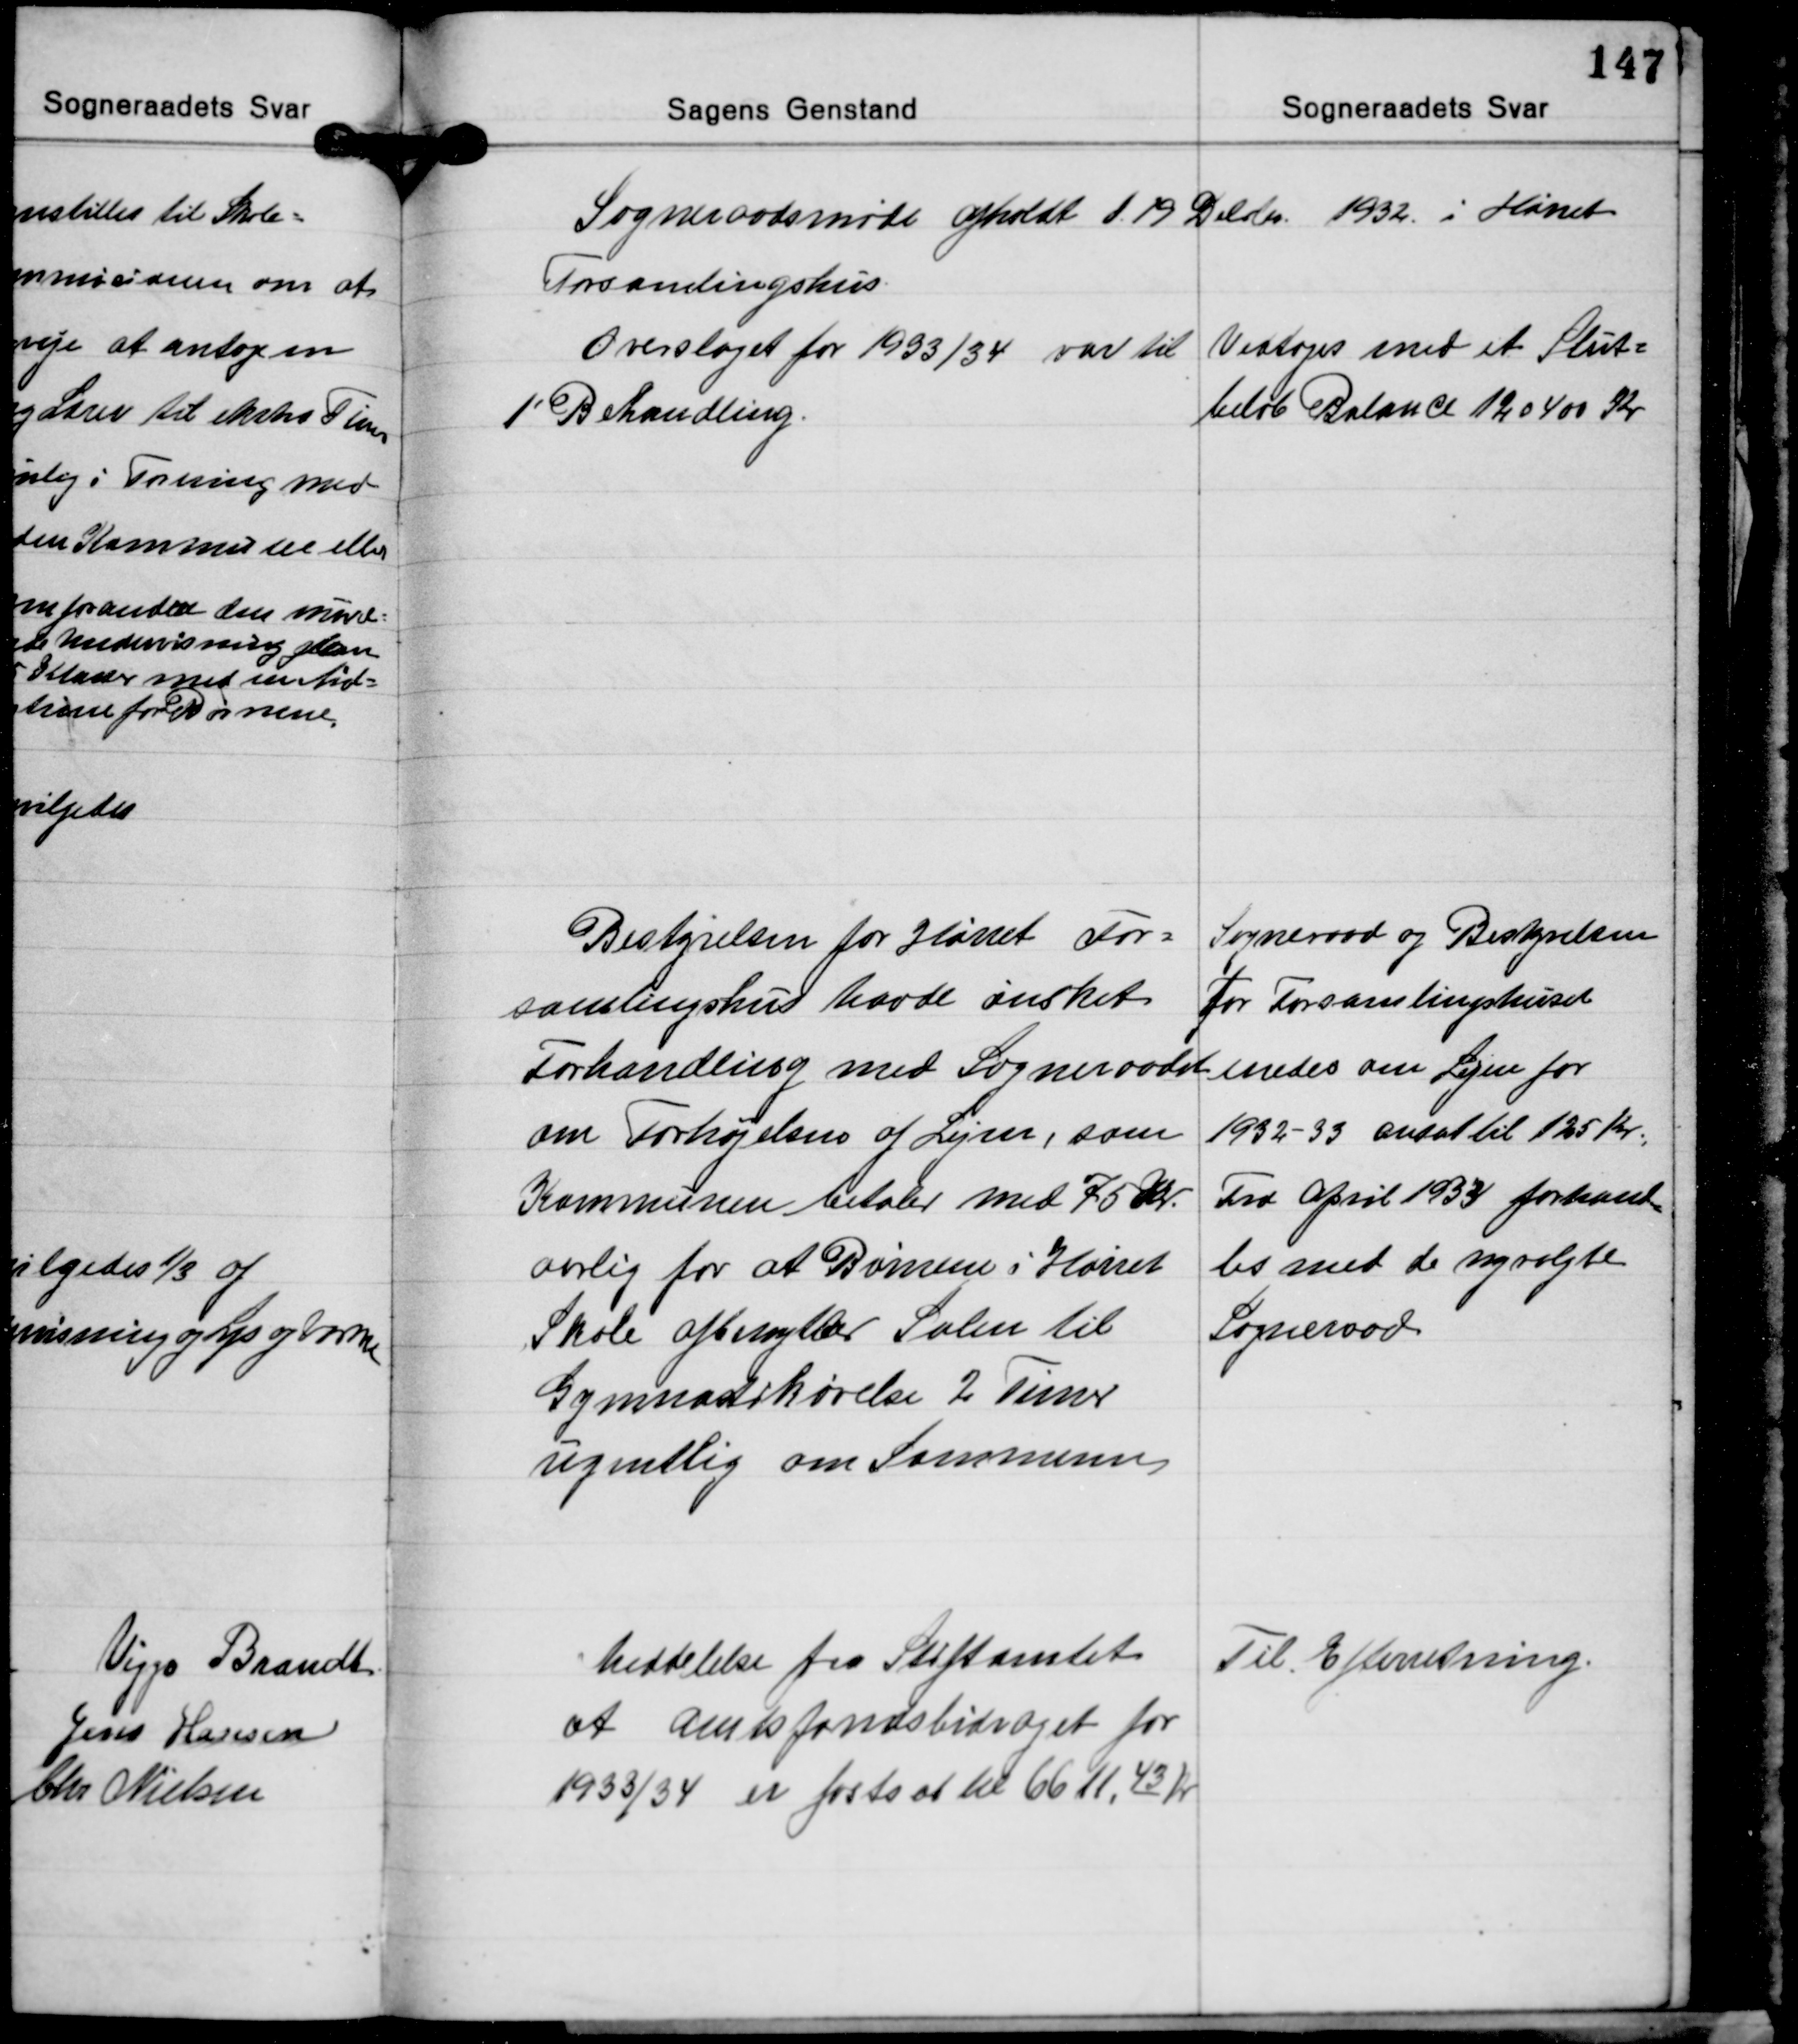
Transskription:
Sogneraadsmøde afholdt d. 19 Decbr. 1932 i Hørret
Forsamlingshus.

Overslaget for 1933/34 var til
1' Behandling.

Vedtoges med et Slut-
beløb Balance 120400 Kr.

Bestyrelsen for Hørret For
samlingshus havde ønsket
Forhandling med Sogneraadet

Sogneraad og Bestyrelsen
For Forsamlingshuset
enedes om Lejen for

om Forhøjelsen af Lejen, som
Kommunen betaler med 75 Kr.
aarlig for at Børnene i Hørret
Skole afbenytter Salen til
Gymnastikøvelse 2 Timer
ugentlig om Sommern

1932-33 ansat til 125 Kr.
Fra April 1933 forhand-
les med de nyvalgte
Sogneraad

Meddelelse fra Stiftamtet
at Amtsfondsbidraget for
1933/34 er fastsat til 6611,43 Kr.

Til Efterretning.